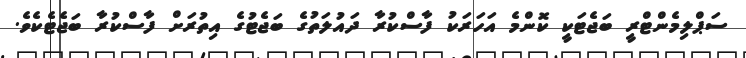
ސަޕްލިމެންޓްރީ ބަޖެޓަކީ ކޮންމެ އަހަރަކު ފާސްކުރާ ދައުލަތުގެ ބަޖެޓުގެ އިތުރަށް ފާސްކުރާ ބަޖެޓެކެވެ.